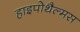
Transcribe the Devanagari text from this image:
हाइपोथैल्मस